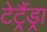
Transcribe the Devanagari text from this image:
टेट्रैंड्रा